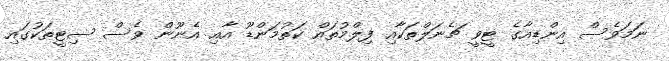
ނަމަވެސް އިންޑިއާގެ ޓީވީ ޗެނަލްތަކާއި ފިލްމުތައް ކަތުމަންޑޫ އާއި އެނޫން ވެސް ސިޓީތަކުގައި